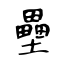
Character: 壘